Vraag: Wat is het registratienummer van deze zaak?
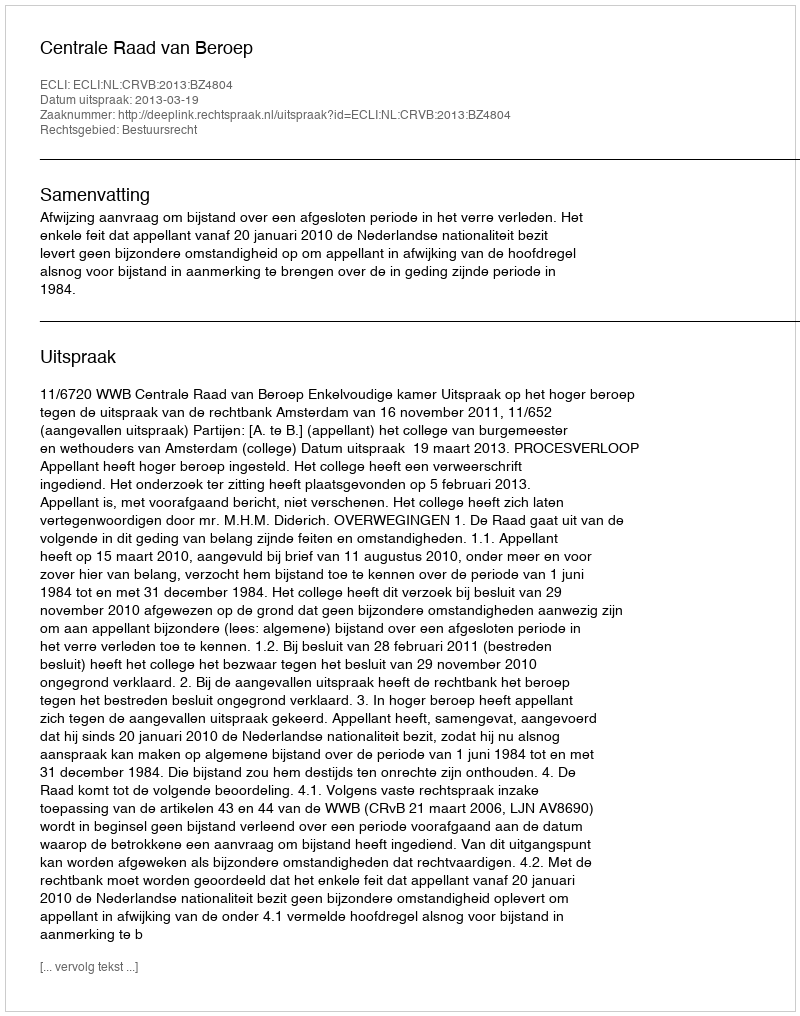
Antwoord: http://deeplink.rechtspraak.nl/uitspraak?id=ECLI:NL:CRVB:2013:BZ4804